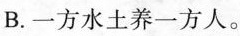
B.一方水土养一方人。